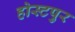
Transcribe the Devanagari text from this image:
होस्टपुर